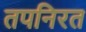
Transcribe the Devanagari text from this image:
तपनिरत